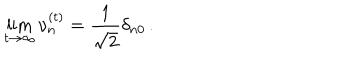
LaTeX: \lim _ { t \rightarrow \infty } \nu _ { n } ^ { ( t ) } = \frac { 1 } { \sqrt { 2 } } \delta _ { n 0 } \, .